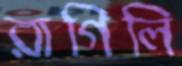
রাগিলি